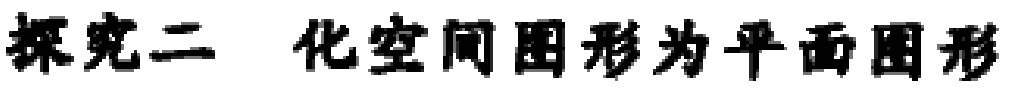
探究二 化空间图形为平面图形